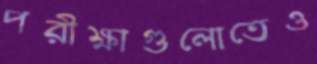
পরীক্ষাগুলোতেও